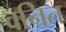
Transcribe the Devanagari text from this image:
वनित